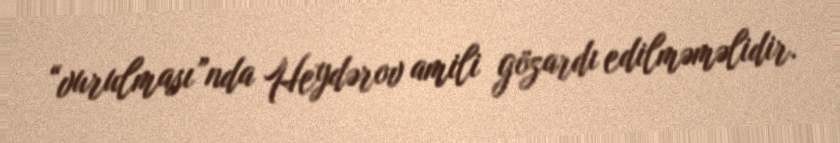
“vurulması”nda Heydərov amili gözardı edilməməlidir.